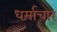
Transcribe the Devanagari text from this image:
धर्माचार